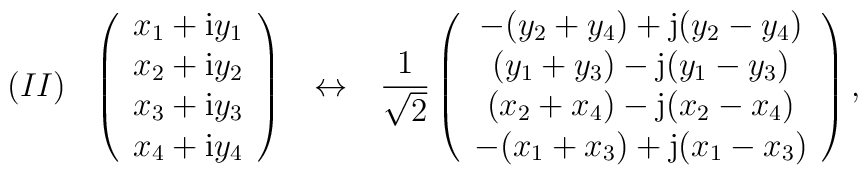
(II) \hspace{3mm} \left(\begin{array}{c}x_1+{\rm i}y_1 \\x_2+{\rm i}y_2 \\x_3+{\rm i}y_3 \\x_4+{\rm i}y_4\end{array}\right) \hspace{3mm} \leftrightarrow \hspace{3mm}\frac{1}{\sqrt{2}}\left(\begin{array}{c}-(y_2+y_4)  +{\rm j}(y_2-y_4)  \\(y_1 + y_3) -{\rm j}(y_1-y_3)  \\(x_2 + x_4) -{\rm j}(x_2 - x_4) \\-(x_1 + x_3)  +{\rm j}(x_1 - x_3)\end{array}\right),